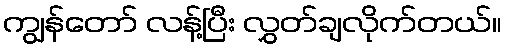
ကျွန်တော် လန့်ပြီး လွှတ်ချလိုက်တယ်။